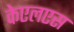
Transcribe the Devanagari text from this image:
केएलएस